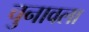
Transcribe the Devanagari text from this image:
चुनावला